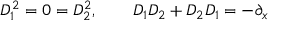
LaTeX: D _ { 1 } ^ { 2 } = 0 = D _ { 2 } ^ { 2 } , \qquad D _ { 1 } D _ { 2 } + D _ { 2 } D _ { 1 } = - \partial _ { x }